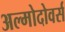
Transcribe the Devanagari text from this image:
अल्मोदोवर्स